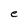
Character: e